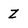
Character: Z